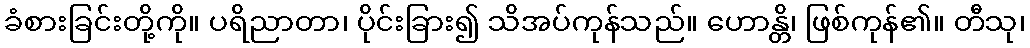
ခံစားခြင်းတို့ကို။ ပရိညာတာ၊ ပိုင်းခြား၍ သိအပ်ကုန်သည်။ ဟောန္တိ၊ ဖြစ်ကုန်၏။ တီသု၊